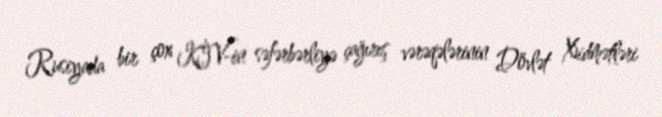
Rusiyada bir çox KİV-in səfərbərliyə çağırış vərəqələrinin Dövlət Xidmətləri